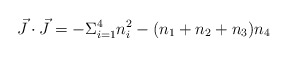
\begin{align*}\vec{J} \cdot \vec{J}= -\Sigma_{i=1}^{4}n_{i}^{2}- (n_{1}+n_{2}+n_{3})n_{4} \end{align*}